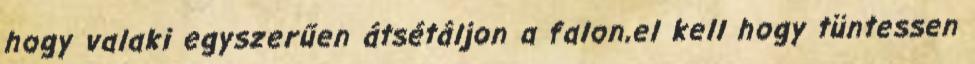
hogy valaki egyszerűen átsétáljon a falon,el kell hogy tüntessen